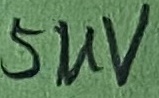
Text: 5UV